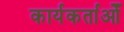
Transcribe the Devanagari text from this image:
कार्यकर्ताओँ